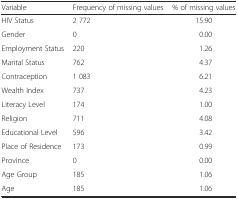
<table><thead><tr><td><b>Variable</b></td><td><b>Frequency of missing values</b></td><td><b>% of missing values</b></td></tr></thead><tbody><tr><td>HIV Status</td><td>2 772</td><td>15.90</td></tr><tr><td>Gender</td><td>0</td><td>0.00</td></tr><tr><td>Employment Status</td><td>220</td><td>1.26</td></tr><tr><td>Marital Status</td><td>762</td><td>4.37</td></tr><tr><td>Contraception</td><td>1 083</td><td>6.21</td></tr><tr><td>Wealth Index</td><td>737</td><td>4.23</td></tr><tr><td>Literacy Level</td><td>174</td><td>1.00</td></tr><tr><td>Religion</td><td>711</td><td>4.08</td></tr><tr><td>Educational Level</td><td>596</td><td>3.42</td></tr><tr><td>Place of Residence</td><td>173</td><td>0.99</td></tr><tr><td>Province</td><td>0</td><td>0.00</td></tr><tr><td>Age Group</td><td>185</td><td>1.06</td></tr><tr><td>Age</td><td>185</td><td>1.06</td></tr></tbody></table>